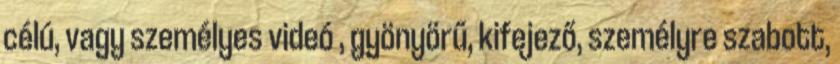
célú, vagy személyes videó , gyönyörű, kifejező, személyre szabott,